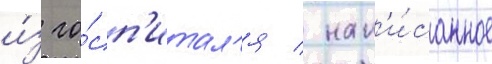
и́з го́сп'итал'я / нап'и́санное